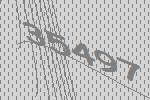
35497